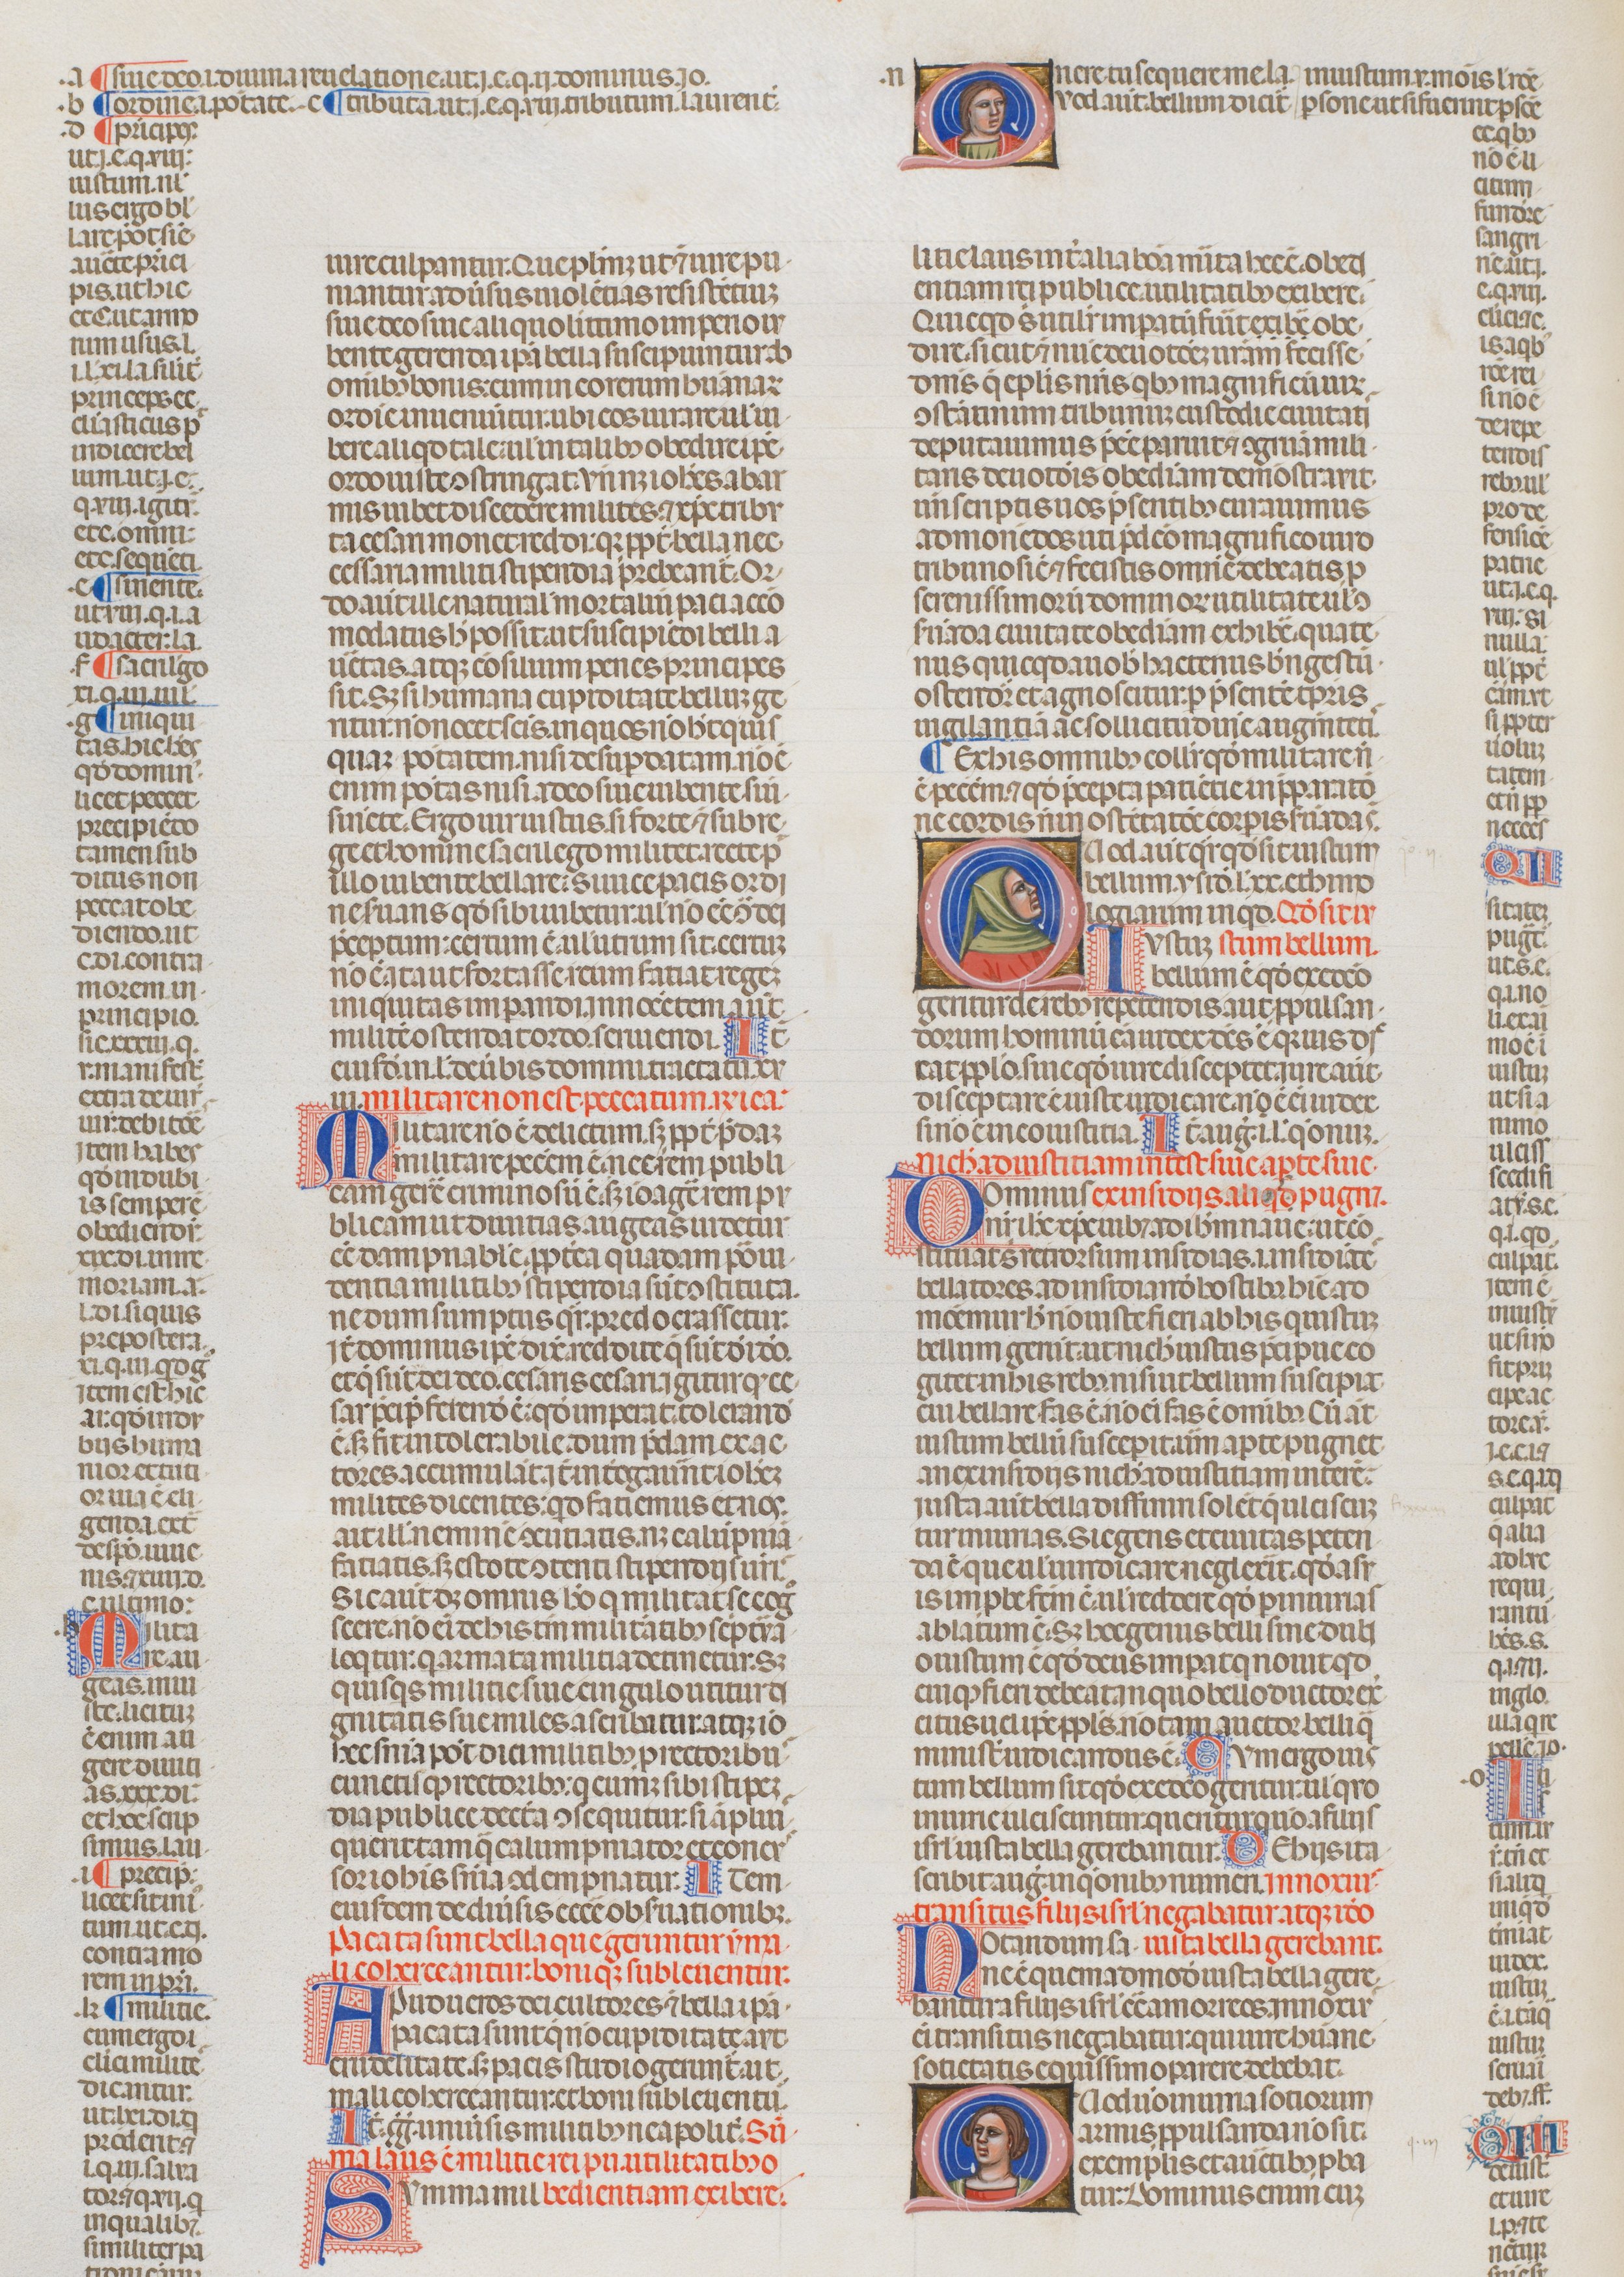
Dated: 1340–1350